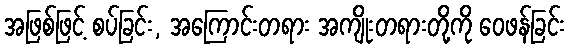
အဖြစ်ဖြင့် စပ်ခြင်း, အကြောင်းတရား အကျိုးတရားတို့ကို ဝေဖန်ခြင်း